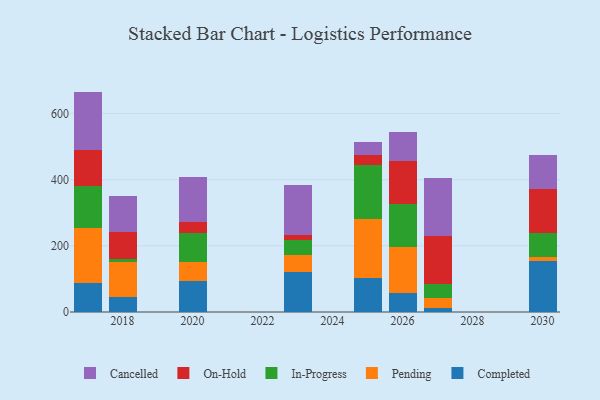
{"axis": {"x": "Year", "y": "Backlog"}, "legend": ["Cancelled", "Completed", "In-Progress", "On-Hold", "Pending"], "data": [{"x": "2017", "y": 87.3, "type": "Completed"}, {"x": "2017", "y": 165.8, "type": "Pending"}, {"x": "2017", "y": 127.0, "type": "In-Progress"}, {"x": "2017", "y": 110.1, "type": "On-Hold"}, {"x": "2017", "y": 175.8, "type": "Cancelled"}, {"x": "2026", "y": 56.1, "type": "Completed"}, {"x": "2026", "y": 141.8, "type": "Pending"}, {"x": "2026", "y": 128.0, "type": "In-Progress"}, {"x": "2026", "y": 129.3, "type": "On-Hold"}, {"x": "2026", "y": 87.5, "type": "Cancelled"}, {"x": "2030", "y": 154.7, "type": "Completed"}, {"x": "2030", "y": 11.6, "type": "Pending"}, {"x": "2030", "y": 73.1, "type": "In-Progress"}, {"x": "2030", "y": 133.5, "type": "On-Hold"}, {"x": "2030", "y": 102.9, "type": "Cancelled"}, {"x": "2018", "y": 45.6, "type": "Completed"}, {"x": "2018", "y": 104.8, "type": "Pending"}, {"x": "2018", "y": 9.9, "type": "In-Progress"}, {"x": "2018", "y": 82.6, "type": "On-Hold"}, {"x": "2018", "y": 106.3, "type": "Cancelled"}, {"x": "2023", "y": 121.1, "type": "Completed"}, {"x": "2023", "y": 50.0, "type": "Pending"}, {"x": "2023", "y": 45.6, "type": "In-Progress"}, {"x": "2023", "y": 14.7, "type": "On-Hold"}, {"x": "2023", "y": 152.1, "type": "Cancelled"}, {"x": "2027", "y": 13.3, "type": "Completed"}, {"x": "2027", "y": 29.2, "type": "Pending"}, {"x": "2027", "y": 41.1, "type": "In-Progress"}, {"x": "2027", "y": 146.8, "type": "On-Hold"}, {"x": "2027", "y": 175.9, "type": "Cancelled"}, {"x": "2025", "y": 103.0, "type": "Completed"}, {"x": "2025", "y": 176.7, "type": "Pending"}, {"x": "2025", "y": 165.1, "type": "In-Progress"}, {"x": "2025", "y": 29.6, "type": "On-Hold"}, {"x": "2025", "y": 40.4, "type": "Cancelled"}, {"x": "2020", "y": 95.2, "type": "Completed"}, {"x": "2020", "y": 54.6, "type": "Pending"}, {"x": "2020", "y": 88.5, "type": "In-Progress"}, {"x": "2020", "y": 32.4, "type": "On-Hold"}, {"x": "2020", "y": 137.7, "type": "Cancelled"}]}